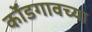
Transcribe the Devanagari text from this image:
कोंडगावच्या